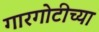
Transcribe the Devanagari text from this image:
गारगोटीच्या